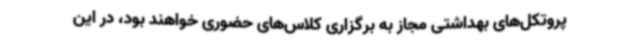
پروتکل‌های بهداشتی مجاز به برگزاری کلاس‌های حضوری خواهند بود، در این